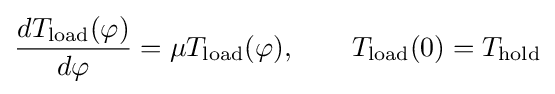
{\frac {dT_{\mathrm {load} }(\varphi )}{d\varphi }}=\mu T_{\mathrm {load} }(\varphi ),\qquad T_{\mathrm {load} }(0)=T_{\mathrm {hold} }